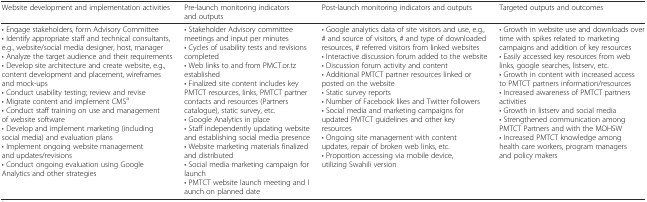
<table><thead><tr><td><b>Website development and implementation activities</b></td><td><b>Pre-launch monitoring indicators and outputs</b></td><td><b>Post-launch monitoring indicators and outputs</b></td><td><b>Targeted outputs and outcomes</b></td></tr></thead><tbody><tr><td>• Engage stakeholders, form Advisory Committee• Identify appropriate staff and technical consultants, e.g., website/social media designer, host, manager• Analyze the target audience and their requirements• Develop site architecture and create website, e.g., content development and placement, wireframes and mock-ups• Conduct usability testing; review and revise• Migrate content and implement CMS<sup>a</sup>• Conduct staff training on use and management of website software• Develop and implement marketing (including social media) and evaluation plans• Implement ongoing website management and updates/revisions• Conduct ongoing evaluation using Google Analytics and other strategies</td><td>• Stakeholder Advisory committee meetings and input per minutes• Cycles of usability tests and revisions completed• Web links to and from PMCT.or.tz established• Finalized site content includes key PMTCT resources, links, PMTCT partner contacts and resources (Partners catalogue), static survey, etc.• Google Analytics in place• Staff independently updating website and establishing social media presence• Website marketing materials finalized and distributed• Social media marketing campaign for launch• PMTCT website launch meeting and launch on planned date</td><td>• Google analytics data of site visitors and use, e.g., # and source of visitors, # and type of downloaded resources, # referred visitors from linked websites• Interactive discussion forum added to the website• Discussion forum activity and content• Additional PMTCT partner resources linked or posted on the website• Static survey reports• Number of Facebook likes and Twitter followers• Social media and marketing campaigns for updated PMTCT guidelines and other key resources• Ongoing site management with content updates, repair of broken web links, etc.• Proportion accessing via mobile device, utilizing Swahili version</td><td>• Growth in website use and downloads over time with spikes related to marketing campaigns and addition of key resources• Easily accessed key resources from web links, google searches, listserv, etc.• Growth in content with increased access to PMTCT partners information/resources• Increased awareness of PMTCT partners activities• Growth in listserv and social media• Strengthened communication among PMTCT Partners and with the MOHSW• Increased PMTCT knowledge among health care workers, program managers and policy makers</td></tr></tbody></table>